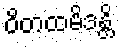
ဝိတထမိဒန္တိ